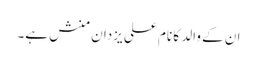
ان کے والد کا نام علی یزدان منش ہے۔